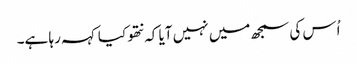
اُس کی سمجھ میں نہیں آیا کہ نتھو کیا کہہ رہا ہے۔